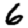
Digit: 6